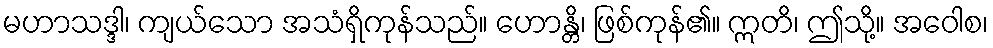
မဟာသဒ္ဒါ၊ ကျယ်သော အသံရှိကုန်သည်။ ဟောန္တိ၊ ဖြစ်ကုန်၏။ ဣတိ၊ ဤသို့။ အဝေါစ၊